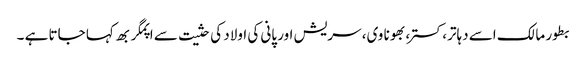
بطور مالک اسے دہاتر، کستر، بھونا وی، سریش اور پانی کی اولاد کی حثیت سے اپمگربھ کہا جاتا ہے ۔